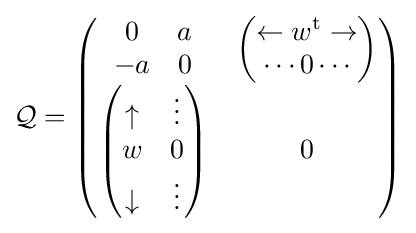
{\mathcal {Q}}={\begin{pmatrix}{\begin{matrix}0&a\\-a&0\end{matrix}}&{\begin{pmatrix}\leftarrow w^{\text{t}}\rightarrow \\\cdots 0\cdots \\\end{pmatrix}}\\{\begin{pmatrix}\uparrow &\vdots \\w&0\\\downarrow &\vdots \end{pmatrix}}&0\end{pmatrix}}